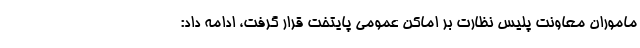
ماموران معاونت پلیس نظارت بر اماکن عمومی پایتخت قرار گرفت، ادامه داد: